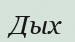
Дых